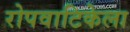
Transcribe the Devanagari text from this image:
रोपवाटिकेला